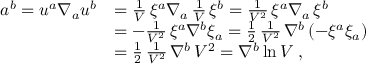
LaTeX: \begin{array} { l l } { { a ^ { b } = u ^ { a } \nabla _ { a } u ^ { b } } } & { { = { \frac { 1 } { V } } \, \xi ^ { a } \nabla _ { a } \, { \frac { 1 } { V } } \, \xi ^ { b } = { \frac { 1 } { V ^ { 2 } } } \, \xi ^ { a } \nabla _ { a } \, \xi ^ { b } } } \\ { { } } & { { = - { \frac { 1 } { V ^ { 2 } } } \, \xi ^ { a } \nabla ^ { b } \xi _ { a } = { \frac { 1 } { 2 } } \, { \frac { 1 } { V ^ { 2 } } } \, \nabla ^ { b } \left( - \xi ^ { a } \xi _ { a } \right) } } \\ { { } } & { { = { \frac { 1 } { 2 } } \, { \frac { 1 } { V ^ { 2 } } } \, \nabla ^ { b } \, V ^ { 2 } = \nabla ^ { b } \ln V \; , } } \end{array}